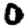
Digit: 0